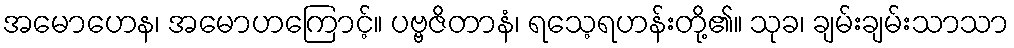
အမောဟေန၊ အမောဟကြောင့်။ ပဗ္ဗဇိတာနံ၊ ရသေ့ရဟန်းတို့၏။ သုခ၊ ချမ်းချမ်းသာသာ